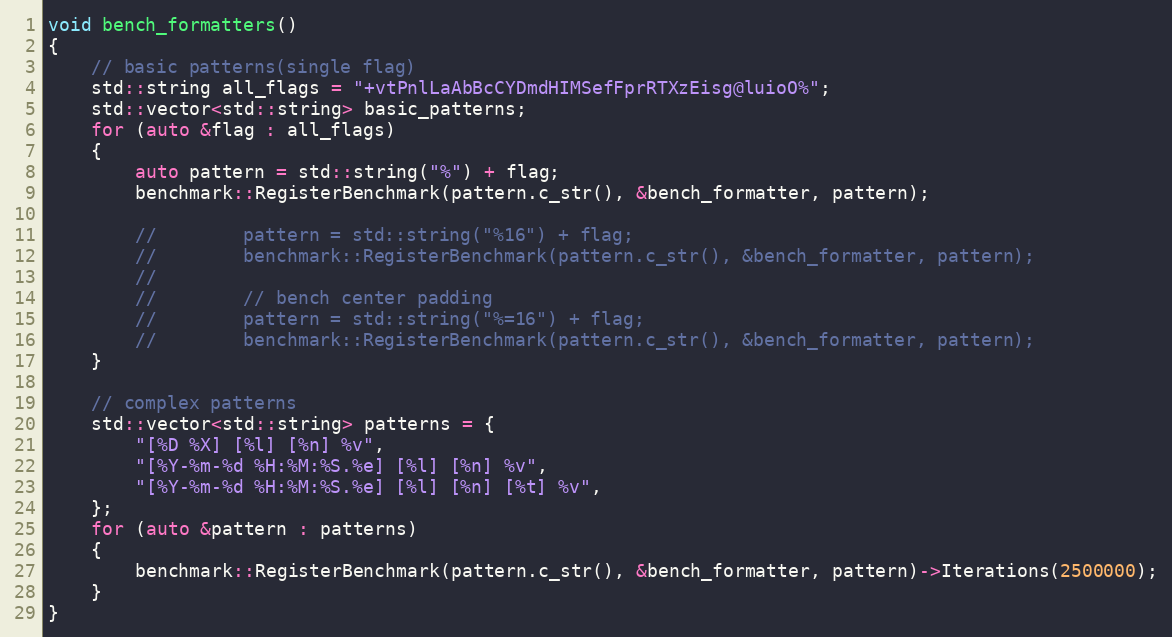
Language: C++
void bench_formatters()
{
    // basic patterns(single flag)
    std::string all_flags = "+vtPnlLaAbBcCYDmdHIMSefFprRTXzEisg@luioO%";
    std::vector<std::string> basic_patterns;
    for (auto &flag : all_flags)
    {
        auto pattern = std::string("%") + flag;
        benchmark::RegisterBenchmark(pattern.c_str(), &bench_formatter, pattern);

        //        pattern = std::string("%16") + flag;
        //        benchmark::RegisterBenchmark(pattern.c_str(), &bench_formatter, pattern);
        //
        //        // bench center padding
        //        pattern = std::string("%=16") + flag;
        //        benchmark::RegisterBenchmark(pattern.c_str(), &bench_formatter, pattern);
    }

    // complex patterns
    std::vector<std::string> patterns = {
        "[%D %X] [%l] [%n] %v",
        "[%Y-%m-%d %H:%M:%S.%e] [%l] [%n] %v",
        "[%Y-%m-%d %H:%M:%S.%e] [%l] [%n] [%t] %v",
    };
    for (auto &pattern : patterns)
    {
        benchmark::RegisterBenchmark(pattern.c_str(), &bench_formatter, pattern)->Iterations(2500000);
    }
}